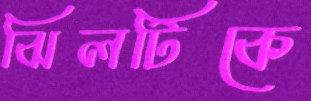
ঝিলটিকে